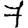
Digit: 7